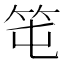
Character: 𥫱